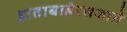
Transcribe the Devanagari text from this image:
हाताबाहेरसजाते